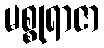
မစ္စုရာဇာ